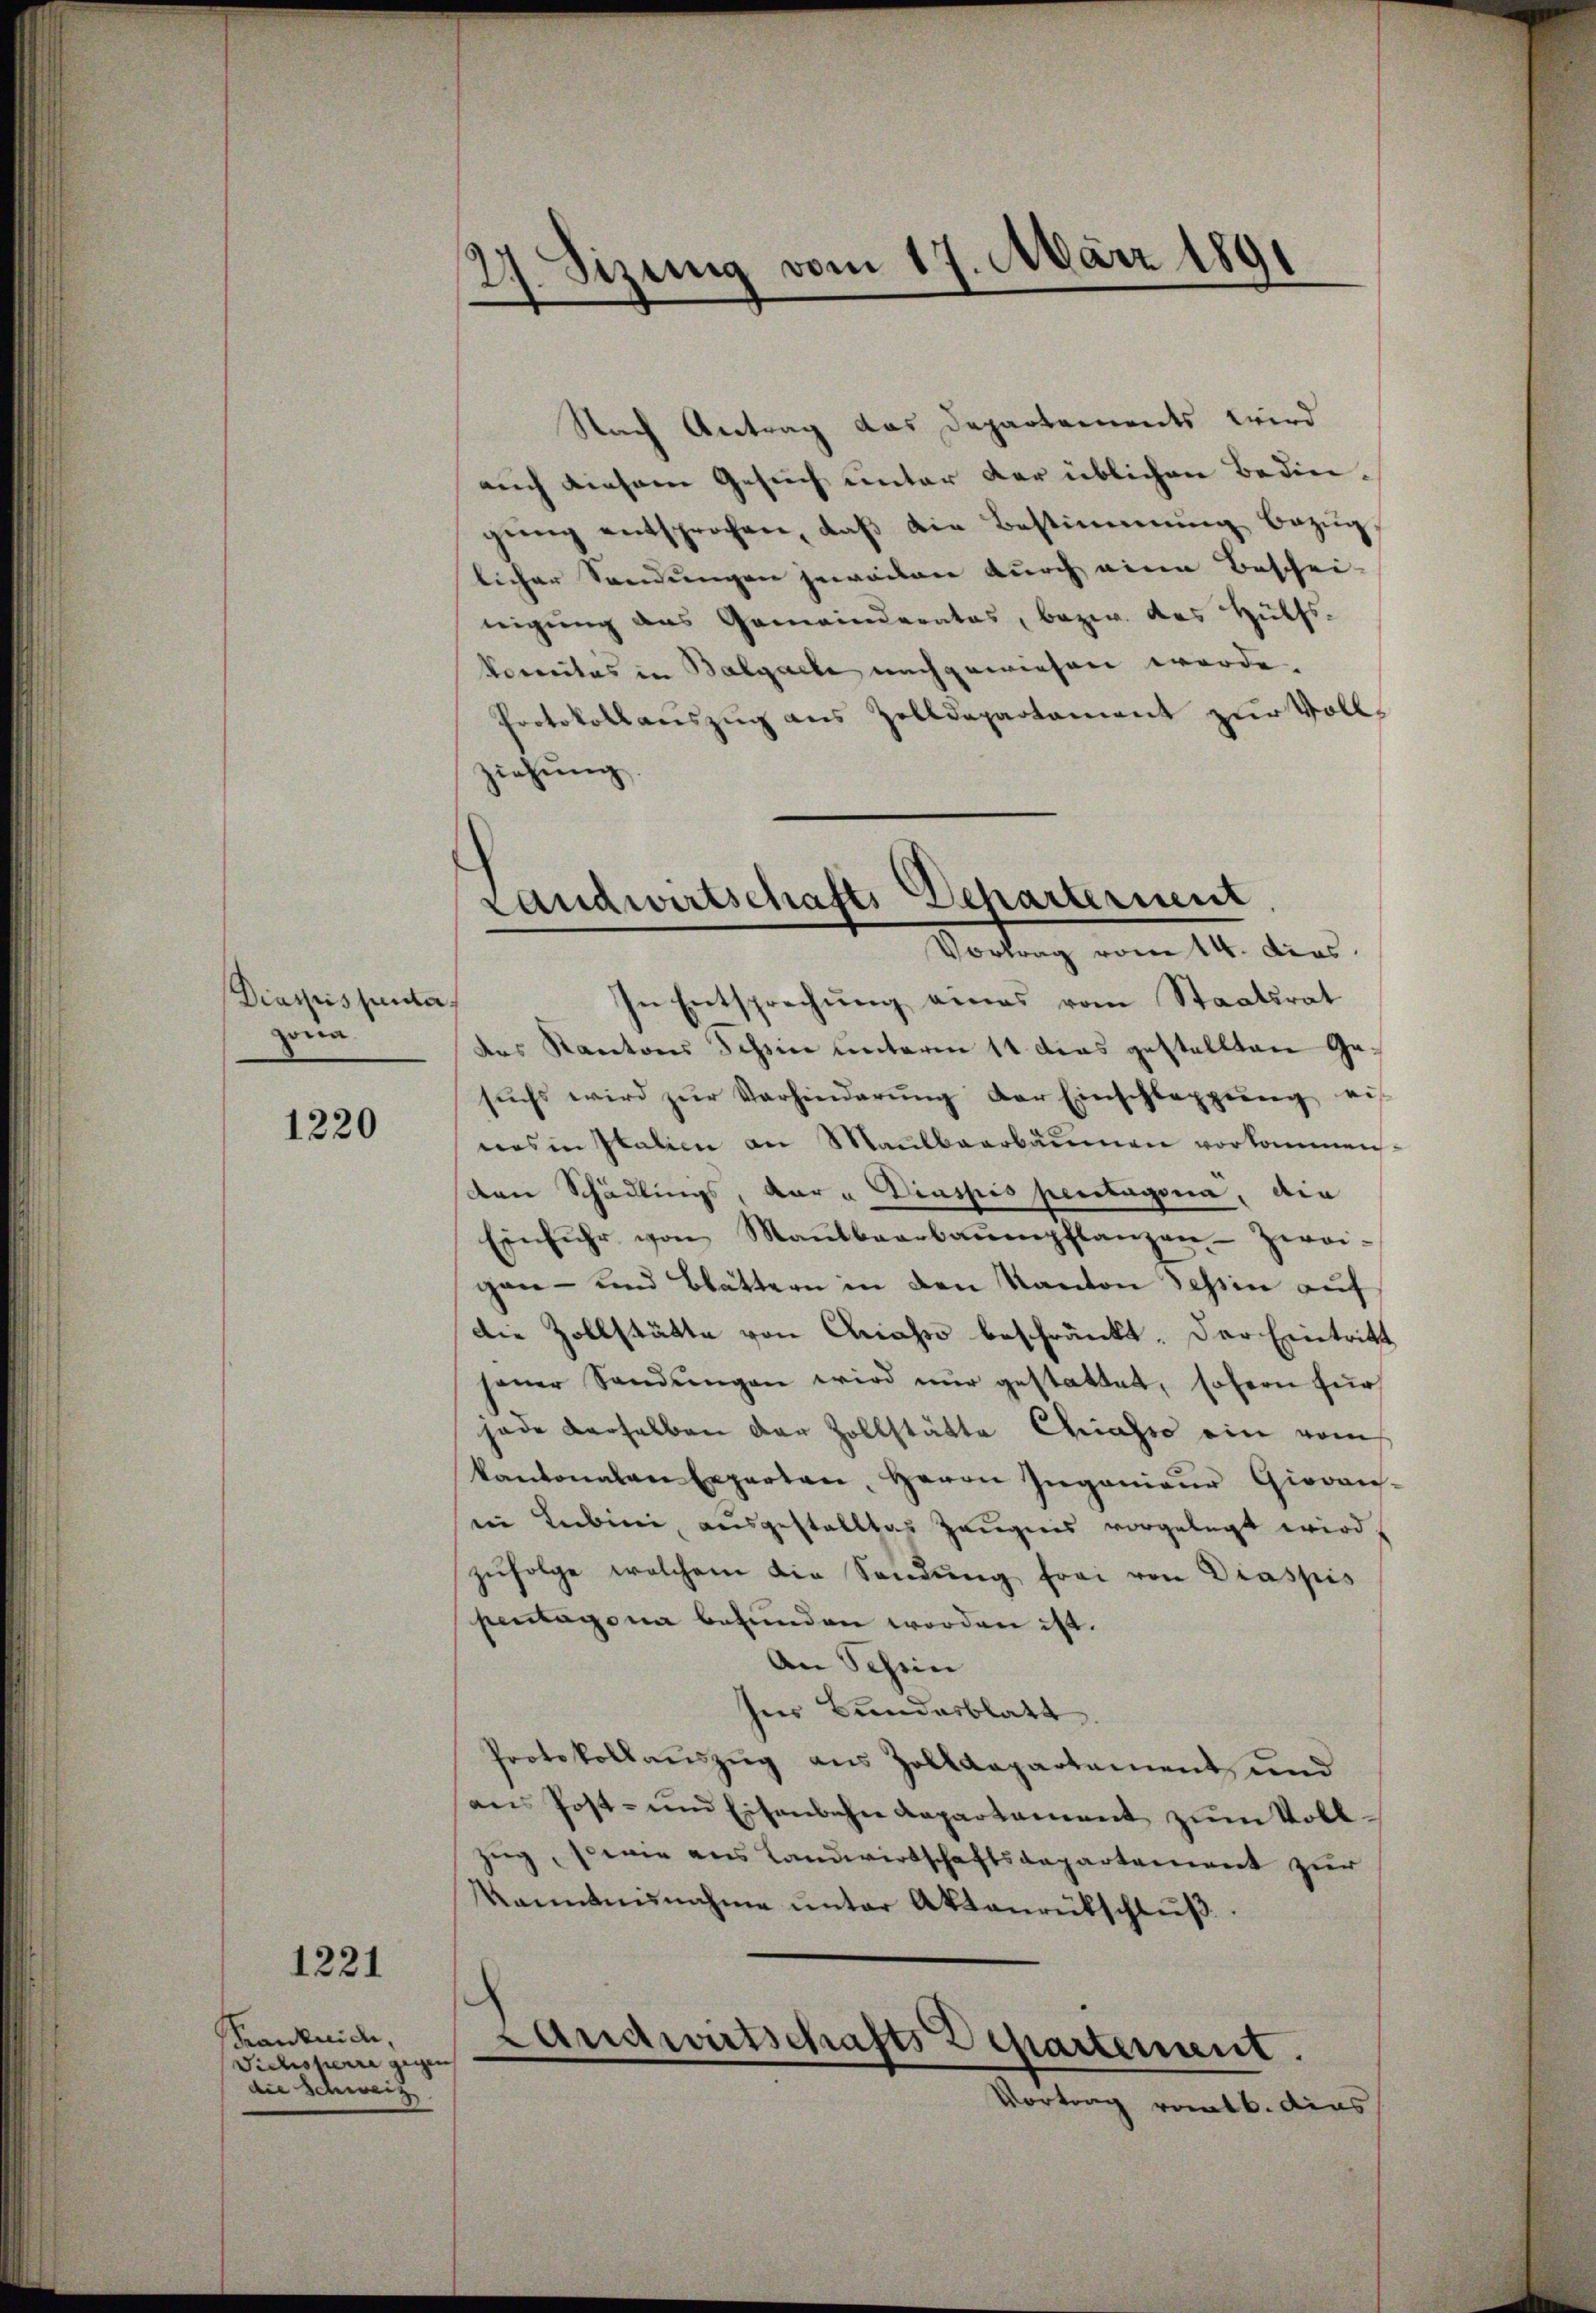
Diaspispenta
ona

1220

1221

Krankaide,
Viehsperre gegen
die Schweiz

27. Sizung vom 17. März 1891

Nach Antrag das Departements wird
auch diesem Gesuch unter der üblichen Bedingŭng entsprochen, daß die Bestimmung bezug
licher Sendungen jeweiten durch eine Beschei-
neigung des Gemeinderates, bezw. des Hülfs-
Vorrectas in Balgacle nachgewiesen werde.
Protokollauszug aus Zolldepartament zur Vollziehung.

Landwirtschafts-Departernent
Vortrag vom 14. dies

In Entsprechung eines vom Staatsrat
des Kantons Schin unterm 11. dies gestellten Gesŭchs wird zŭr Verhinderŭng der Einschleppung ei
nes in Italien an Maulbaarbäumen vorkommen.
den Schädlings, dar u Diaspis pentagona, die
Einfuhr von Maulbeerbaŭenpflanzen Zwei-
gen- und Blättern in den Kanton Tessin auf
die Zollstätte von Chiasso beschränkt. Der Eintritt
jener Sandŭngen wird nur gestattet, sofern für
jade derselben der Zollstätte Chiasso ein vom
kantonalen Experten, Herrn Ingenieŭr Giovan-
in Lubini, ausgestelltes Zeugnis vorgelegt wird
zŭfolge welchem die Sendung frei von Draspis
pentagona befunden worden ist.
An Schein
her Bundesblatt.
Protokollaŭszŭg ans Zolldepartement, und
ans Post- und Eisenbahn Kapartament zum Vollzeg, sowie aus Landwirtschaftsaepartement zur
kanntnisnahme ŭnter Aktenrütschlŭβ
Landwirtschafts Departement.
Vortrag rotb. dies